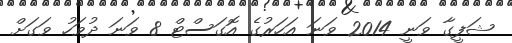
ޝަފީގާ ވަނީ 2014 ވަނަ އަހަރުގެ އޮގަސްޓް 8 ވަނަ ދުވަހު ވަގަށް